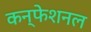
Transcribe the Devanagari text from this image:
कन्फेशनल